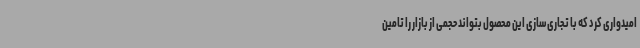
امیدواری کرد که با تجاری‌سازی این محصول بتواند حجمی از بازار را تامین